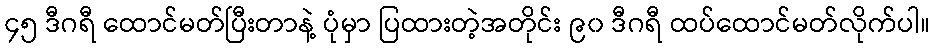
၄၅ ဒီဂရီ ထောင်မတ်ပြီးတာနဲ့ ပုံမှာ ပြထားတဲ့အတိုင်း ၉၀ ဒီဂရီ ထပ်ထောင်မတ်လိုက်ပါ။